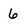
Character: 6